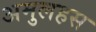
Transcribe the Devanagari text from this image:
अमुलहस